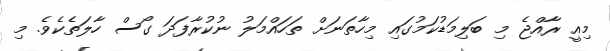
މިއީ ރާއްޖެ މި ބަލިމަޑުކަމުގައި މިހާތަނަށް ތަހައްމަލު ނުކުރާފަދަ ގޯސް ހާލަތެކެވެ. މި